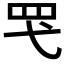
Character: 𮉽